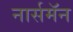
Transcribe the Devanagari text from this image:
नार्समॅन